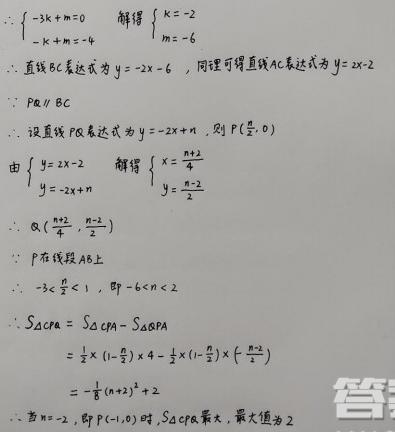
\[
\begin{cases}
-3k + m = 0 \\
-k + m = -4
\end{cases}
\]
解得\(\begin{cases} k = -2 \\ m = -6 \end{cases}\)

\(\therefore\)直线\(BC\)表达式为\(y = -2x - 6\)，同理可得直线\(AC\)表达式为\(y = 2x - 2\)

\(\because PQ\parallel BC\)

\(\therefore\)设直线\(PQ\)表达式为\(y = -2x + n\)，则\(P(\frac{n}{2},0)\)

由\(\begin{cases} y = 2x - 2 \\ y = -2x + n \end{cases}\)解得\(\begin{cases} x = \frac{n + 2}{4} \\ y = \frac{n - 2}{2} \end{cases}\)

\(\therefore Q(\frac{n + 2}{4},\frac{n - 2}{2})\)

\(\because P\)在线段\(AB\)上

\(\therefore -3<\frac{n}{2}<1\)，即\(-6 < n < 2\)

\[
\begin{align*}
S_{\triangle CPQ}&=S_{\triangle CPA}-S_{\triangle QPA}\\
&=\frac{1}{2}\times(1 - \frac{n}{2})\times4-\frac{1}{2}\times(1 - \frac{n}{2})\times(\frac{n + 2}{2})\\
&=-\frac{1}{8}(n + 2)^2+2
\end{align*}
\]

\(\therefore\)当\(n = -2\)，即\(P(-1,0)\)时，\(S_{\triangle CPQ}\)最大，最大值为\(2\)